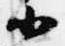
小